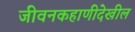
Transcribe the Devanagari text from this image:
जीवनकहाणीदेखील